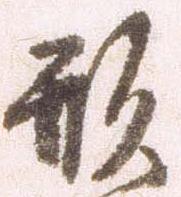
形